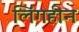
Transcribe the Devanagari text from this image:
लिंगहीन